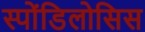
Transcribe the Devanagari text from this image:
स्पोंडिलोसिस